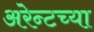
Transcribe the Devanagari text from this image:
अरेन्टच्या